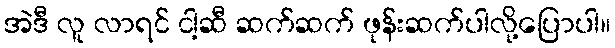
အဲဒီ လူ လာရင် ငါ့ဆီ ဆက်ဆက် ဖုန်းဆက်ပါလို့ပြောပါ။